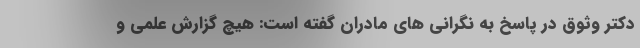
دکتر وثوق در پاسخ به نگرانی های مادران گفته است: هیچ گزارش علمی و